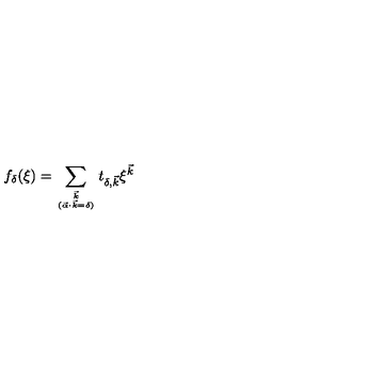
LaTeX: f _ { \delta } ( \xi ) = \sum _ { { \vec { k } } \atop { ( \vec { \alpha } \cdot \vec { k } = \delta ) } } t _ { \delta , \vec { k } } \xi ^ { \vec { k } }